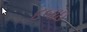
દબાઇ